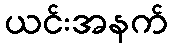
ယင်းအနက်